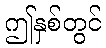
ဤနှစ်တွင်